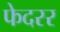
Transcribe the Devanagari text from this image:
फेदरर